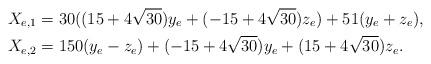
LaTeX: \begin{align*}X_{e, 1} &= 30( (15+4\sqrt{30})y_{e}+(-15+4\sqrt{30})z_{e}) + 51(y_{e}+z_{e}),\\ X_{e,2} &= 150(y_{e}- z_{e}) +(-15+4\sqrt{30})y_{e} +(15+4\sqrt{30})z_{e}.\end{align*}